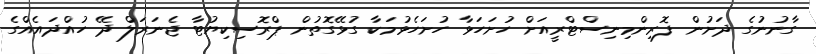
ގާނުނުގެ ދަށުން ފޮރިންމިނިސްޓްރީއަށް ހުށަހަޅާ ހުށަހެޅުމަކާ ގުޅޭގޮތުން ޕްރޮސިކިޔުޓާ ޖެނަރަލް ދޭ ހުއްދައެއްގެ